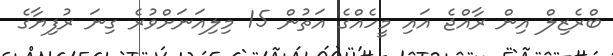
ބްރެޒިލް އިން ރާއްޖެ އައި މީހެއްގެ އަތުން 15 މިލިއަނަށްވުރެ ގިނަ ރުފިޔާގެ